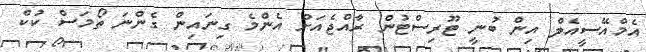
އެމްއޭސީއެލް އިން ބުނީ ޓޫރިސްޓުން ރާއްޖެއަށް އެންމެ ގިނައިން ގެންނަ ތޯމަސް ކުކް